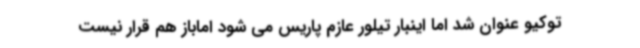
توکیو عنوان شد اما اینبار تیلور عازم پاریس می شود اماباز هم قرار نیست